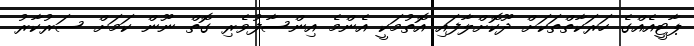
ޕާޓީއެއްގެ ހަރަކާތްތަކަށް ދޫކޮށްލާފައި އޮތުމަކީ އެންމެ އިންސާފުވެރި ގޮތް ނޫން ކަމަށް ސަރުކާރު